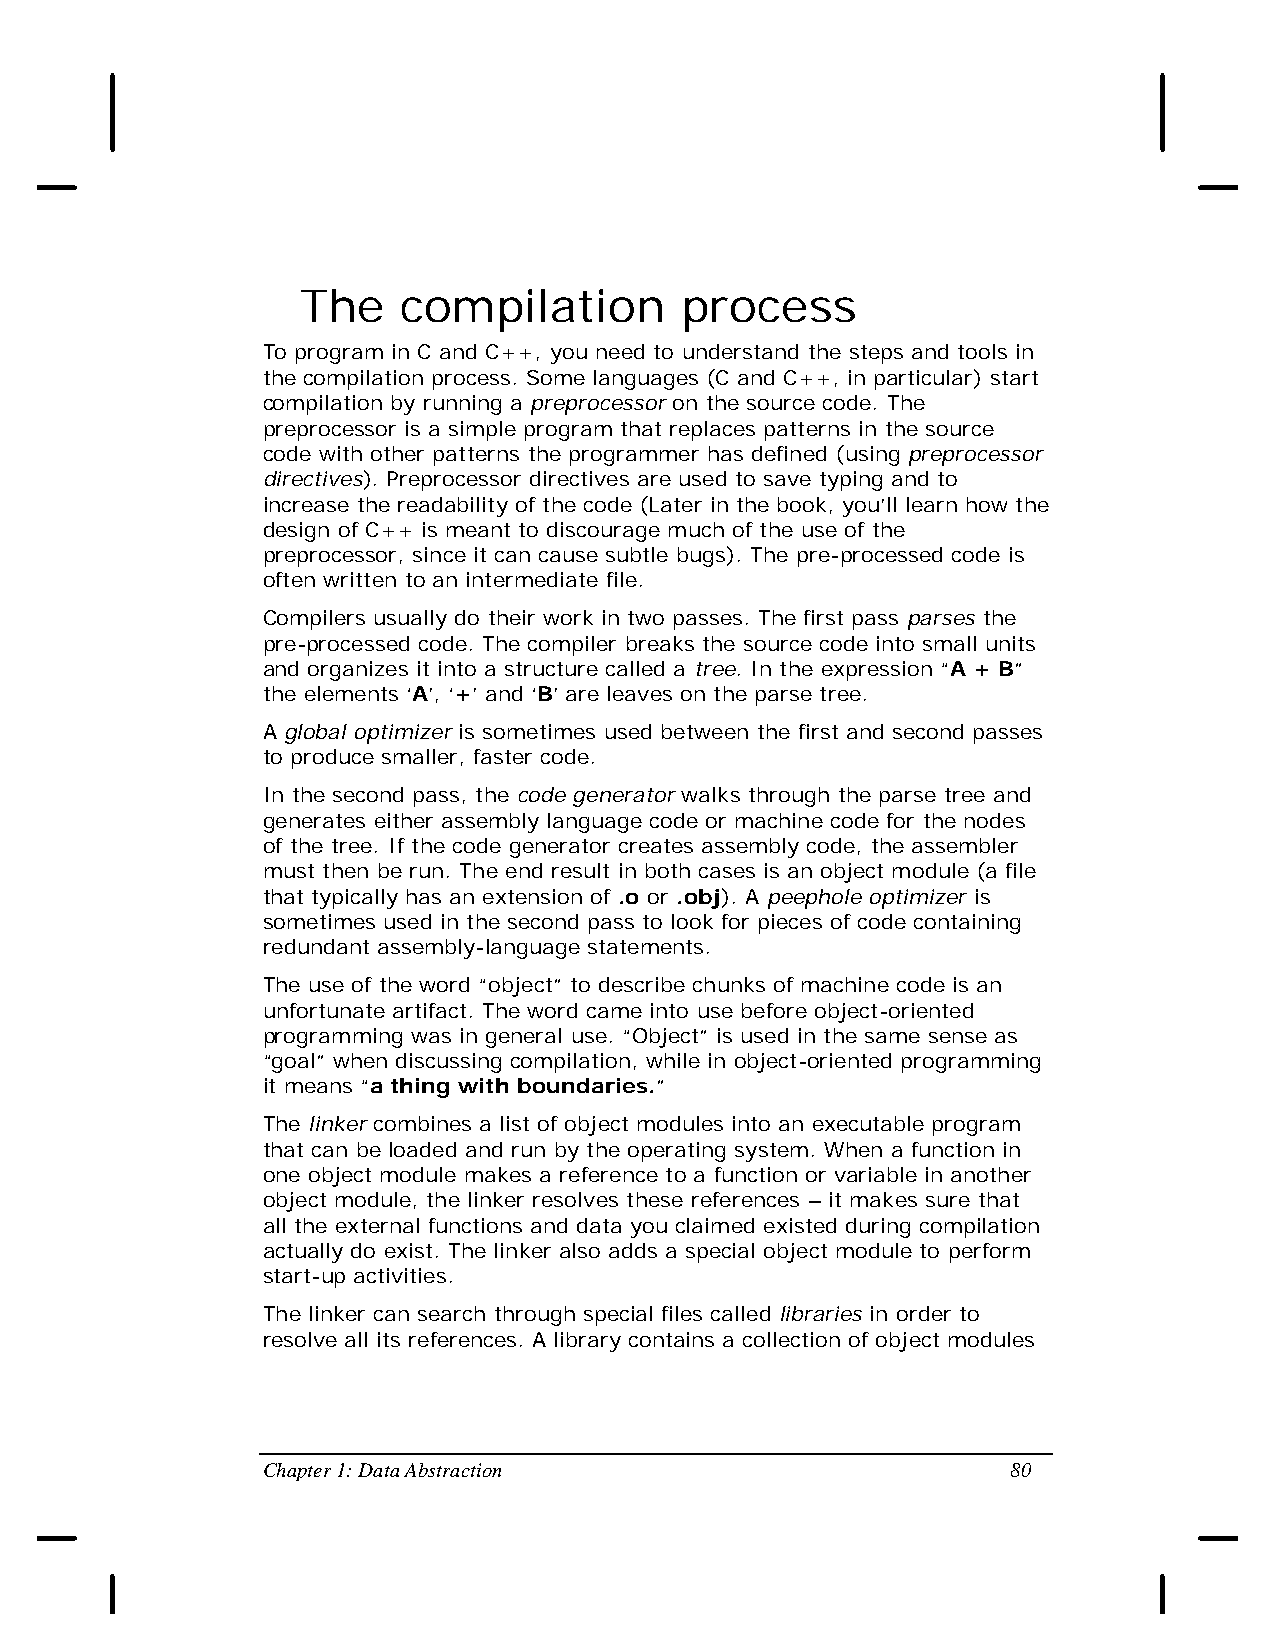
The    compilation       process
 To program in C and C++, you need to understand the steps and tools in
 the compilation process. Some languages (C and C++, in particular) start
 compilation by running a preprocessor on the source code. The
 preprocessor is a simple program that replaces patterns in the source
 code with other patterns the programmer has defined (using preprocessor
 directives). Preprocessor directives are used to save typing and to
 increase the readability of the code (Later in the book, you’ll learn how the
 design of C++ is meant to discourage much of the use of the
 preprocessor, since it can cause subtle bugs). The pre-processed code is
 often written to an intermediate file.
 Compilers usually do their work in two passes. The first pass parses the
 pre-processed code. The compiler breaks the source code into small units
 and organizes it into a structure called a tree. In the expression “A + B”
 the elements ‘A’, ‘+’ and ‘B’ are leaves on the parse tree.
 A global optimizer is sometimes used between the first and second passes
 to produce smaller, faster code.
 In the second pass, the code generator walks through the parse tree and
 generates either assembly language code or machine code for the nodes
 of the tree. If the code generator creates assembly code, the assembler
 must then be run. The end result in both cases is an object module (a file
 that typically has an extension of .o or .obj). A peephole optimizer is
 sometimes used in the second pass to look for pieces of code containing
 redundant assembly-language statements.
 The use of the word “object” to describe chunks of machine code is an
 unfortunate artifact. The word came into use before object-oriented
 programming was in general use. “Object” is used in the same sense as
 “goal” when discussing compilation, while in object-oriented programming
 it means “a thing with boundaries.”
 The linker combines a list of object modules into an executable program
 that can be loaded and run by the operating system. When a function in
 one object module makes a reference to a function or variable in another
 object module, the linker resolves these references – it makes sure that
 all the external functions and data you claimed existed during compilation
 actually do exist. The linker also adds a special object module to perform
 start-up activities.
 The linker can search through special files called libraries in order to
 resolve all its references. A library contains a collection of object modules
 Chapter 1: Data Abstraction                       80